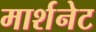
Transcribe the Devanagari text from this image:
मार्शनेट